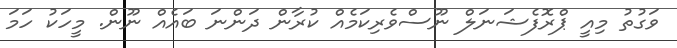
ވަގުތު މިއީ ޕްރޮފެޝަނަލް ނޫސްވެރިކަމެއް ކުރާން ދަންނަ ބައެއް ނޫން. މީހަކު ހަމަ